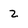
Character: z